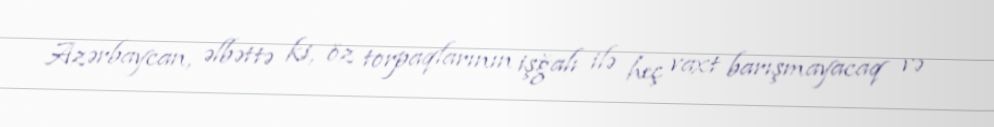
Azərbaycan, əlbəttə ki, öz torpaqlarının işğalı ilə heç vaxt barışmayacaq və